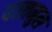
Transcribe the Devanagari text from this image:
पञ्चमुल